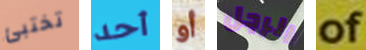
تختبئ أحد أو الرجل of